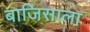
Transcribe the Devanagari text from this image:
बाजिसाला